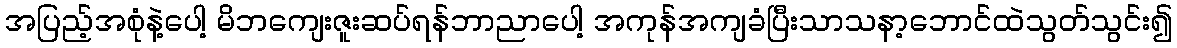
အပြည့်အစုံနဲ့ပေါ့ မိဘကျေးဇူးဆပ်ရန်ဘာညာပေါ့ အကုန်အကျခံပြီးသာသနာ့ဘောင်ထဲသွတ်သွင်း၍